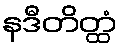
နဒီတိတ္ထံ